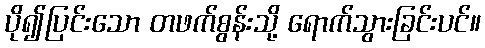
ပို၍ပြင်းသော တဖက်စွန်းသို့ ရောက်သွားခြင်းပင်။